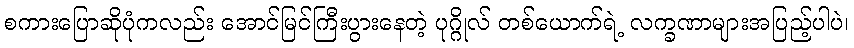
စကားပြောဆိုပုံကလည်း အောင်မြင်ကြီးပွားနေတဲ့ ပုဂ္ဂိုလ် တစ်ယောက်ရဲ့ လက္ခဏာများအပြည့်ပါပဲ၊